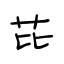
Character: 芘